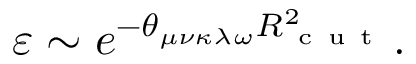
\varepsilon \sim e ^ { - \theta _ { \mu \nu \kappa \lambda \omega } R _ { \mathrm { ~ c ~ u ~ t ~ } } ^ { 2 } } .